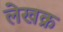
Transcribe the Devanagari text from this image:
लेखक्र